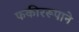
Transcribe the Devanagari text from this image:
फकीररूपाने